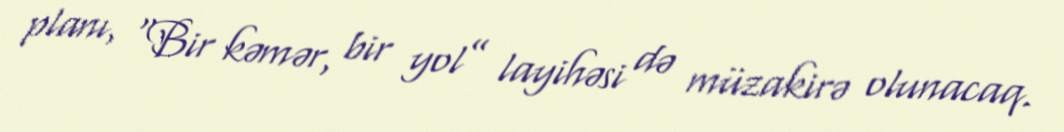
planı, “Bir kəmər, bir yol” layihəsi də müzakirə olunacaq.